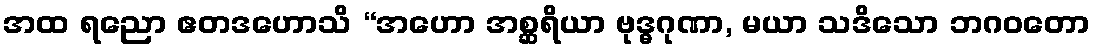
အထ ရညော ဧတဒဟောသိ “အဟော အစ္ဆရိယာ ဗုဒ္ဓဂုဏာ, မယာ သဒိသော ဘဂဝတော